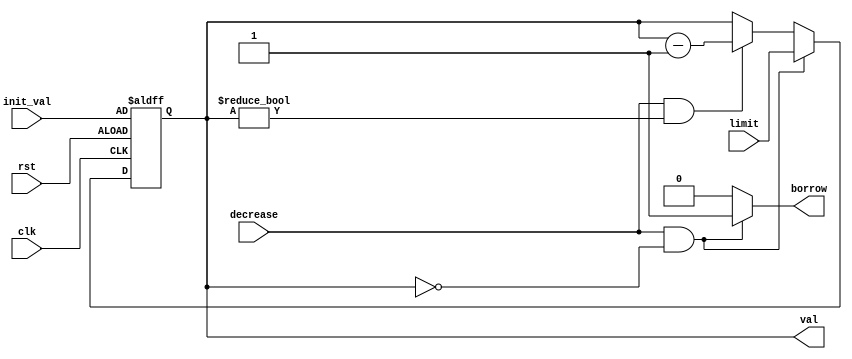
`timescale 1ns / 1ps
//////////////////////////////////////////////////////////////////////////////////
// Company: 
// Engineer: 
// 
// Design Name: 
// Module Name: downcounter
// Project Name: 
// Target Devices: 
// Tool Versions: 
// Description: 
// 
// Dependencies: 
// 
// Revision:
// Revision 0.01 - File Created
// Additional Comments:
// 
//////////////////////////////////////////////////////////////////////////////////


module downcounter(
    val,
    borrow,
    clk,
    rst,
    decrease,
    init_val,
    limit
    );
    output reg [3:0]val;
    output reg borrow;
    input [3:0]init_val;
    input decrease;
    input [3:0]limit;
    input clk;
    input rst;
    reg [3:0]val_tmp;
    always@*
        if (decrease && val== 4'd0) begin
            val_tmp = limit;
            borrow = 1;
            end
        else if (decrease && val!=4'd0) begin
            val_tmp = val-1;
            borrow = 0;
            end
        else begin
            val_tmp = val;
            borrow = 0;
            end
    
    
    //register
    always@(posedge clk or posedge rst)
        if (rst) val <= init_val;
        else val <= val_tmp;
endmodule